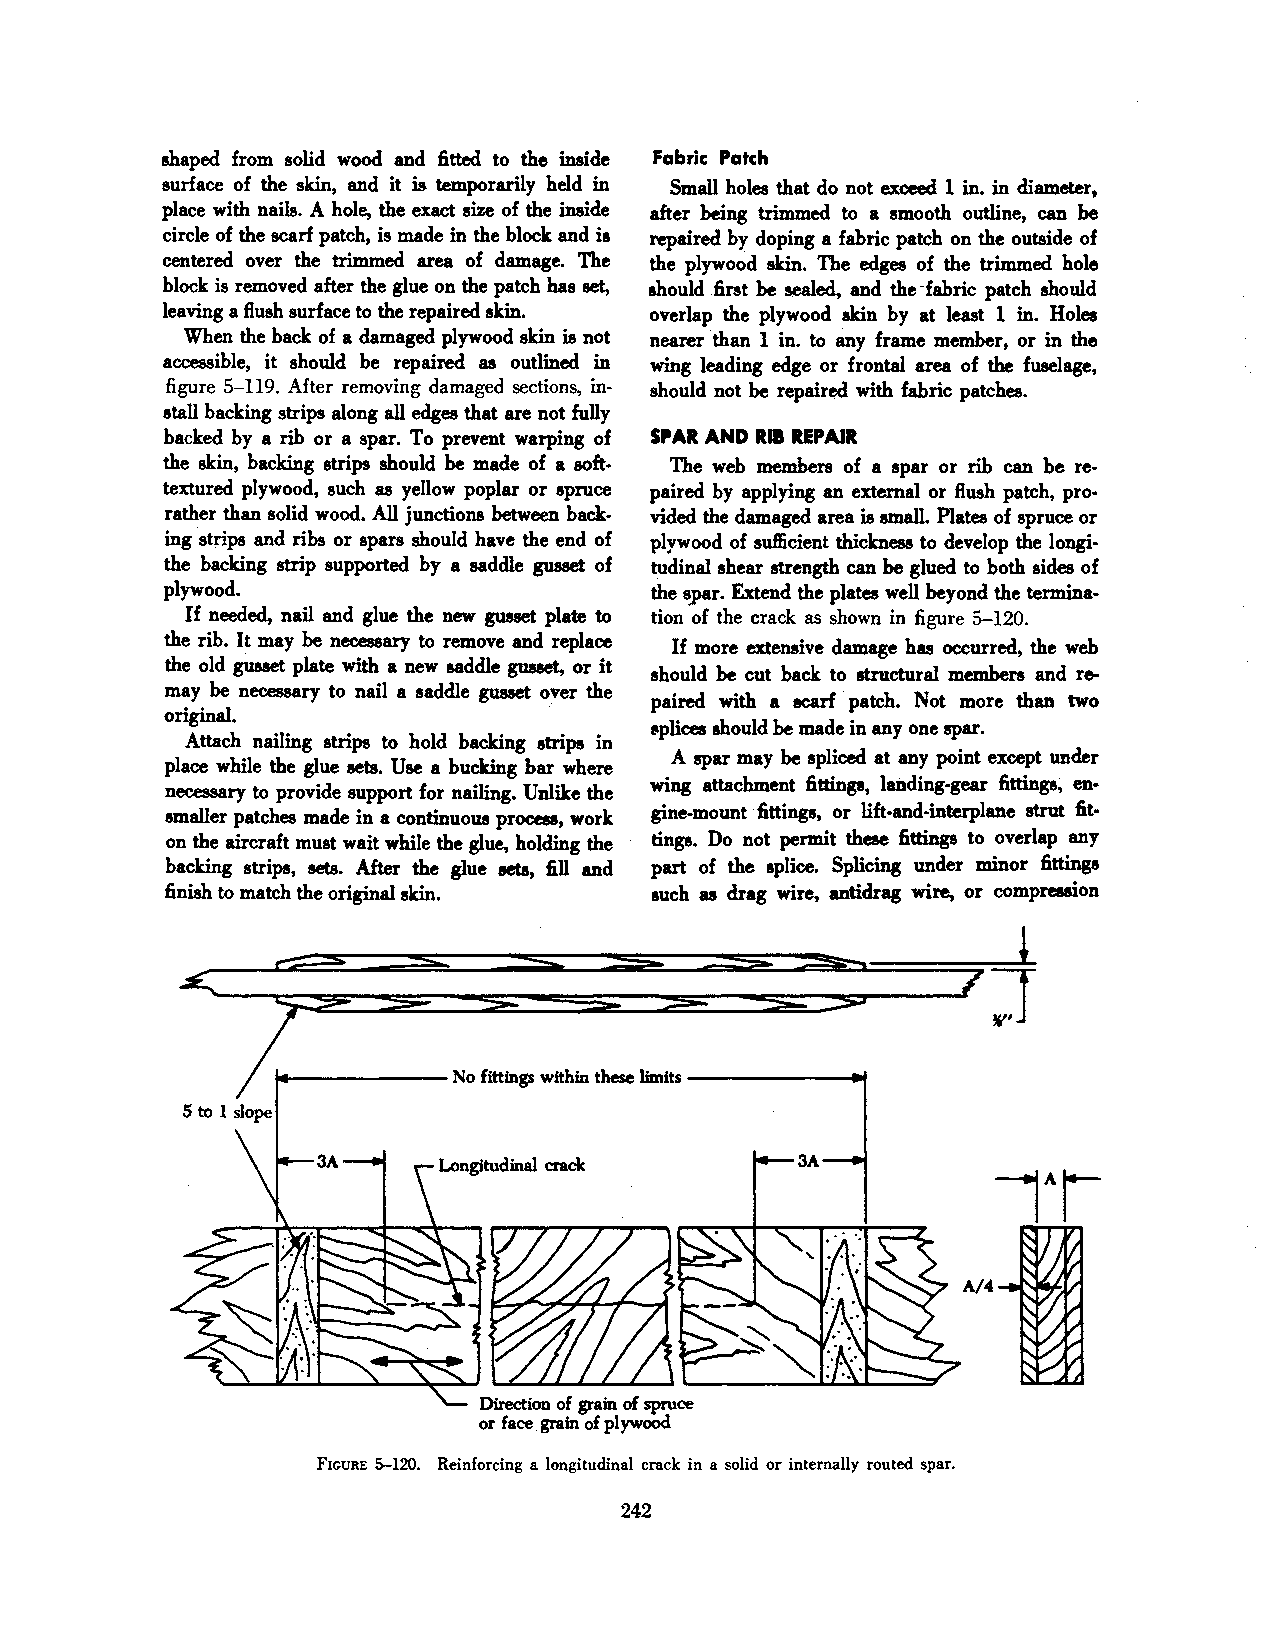
shaped from solid wood and fitted to the inside Fabric Patch
 surface of the skin, and it .i s temporarily held in Small holes that do not exceed 1 in. in diameter,
 place with nails. A hole, the exact size of the inside after being trimmed to a smooth outline, can be
 circle of the scarf patch, is made in the block and is repaired by doping a fabric patch on the outside of
 centered over the trimmed area of damage. The the plywood skin. The edges of the trimmed hole
 block is removed after the glue on the patch has set, should .first be sealed, and the ·fabric patch should
 leaving a flush surface to the repaired skin. overlap the plywood skin by at least 1 in. Holes
 When the back of a damaged plywood skin is not nearer 'than 1 in. to any frame member, or in the
 accessible, it should be repaired as outlined in wing leading edge or frontal area of the fuselage,
 figure 5-119. After removing damaged sections, in should not be repaired with fabric patches.
 stall backing strips along all edges that are not fully
 backed by a rib or a spar. To prevent warping of SPAR AND Rll REPAIR
 the skin, backing strips should be made of a soft The web members of a spar or rib can be re
 textured plywood, such as yellow poplar or spruce paired by applying an external or flush patch, pro
 rather than solid wood. AD junctions between back vided the damaged area is small. Plates of spruce or
 ing strips and ribs or spars should have the end of plywood of sufficient thickness to develop the longi·
 the backing strip supported by a aaddle gusset of tudinal shear strength can be glued to both sides of
 plywood.                   ·    the spar. Extend the plates weD beyond the termina·
 If needed, nail and glue the new gusset plate to tion of the crack as shown in figure 5-120.
 the rib. It may be necessary to remove and replace
 If more extensive damage has occurred, the web
 the old gusset plate with a new aaddle gusset, or it should be cut back to structural members and re
 may be necessary to nail a saddle gusset over the
 paired with a scarf ·patch. Not more than two
 original.                 ·
 splices should be made in any one spar.
 Attach nailing strips to hold backing strips in
 A spar may be spliced at any point except under
 place while the glue sets. Use a bucking bar where
 necesaary to provide support for nailing. Unlike the wing attachment fittings, landing-gear fittings~ en·
 smaller patches made in a continuous process, work gine-mount ·fittings, or lift-and-interplaDe strut fit·
 on the aircraft must wait while the glue, holding the tings. Do not permit these fittings to overlap any
 backing strips, sets. After the glue sets, fill and part of the splice. Splicing under minor fittings
 finish to match the original skin. such as drag wire, antidrag wire, or compression
 J
 ..,__ _____ No fittings within these limits ------.-1
 Direction of grain of spruce
 or face grain of plywoOd
 FIGURE 5-120. Reinforcing a longitudinal crack in a solid or internally routed spar.
 242